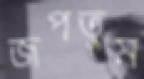
জপতুম